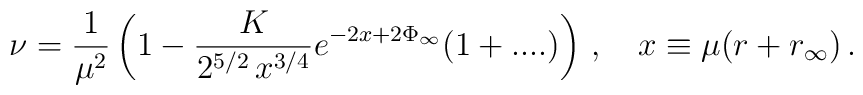
\nu = \frac{1}{\mu^2}\left(1 -\frac{K}{2^{5/2}\, x^{3/4}} e^{-2x + 2\Phi_{\infty}}(1+....) \right)\,,\quad x \equiv \mu (r + r_\infty)\,.